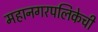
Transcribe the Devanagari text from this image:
महानगरपलिकेची